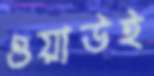
ওয়াউই